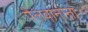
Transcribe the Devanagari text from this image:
पैलवानांना